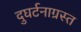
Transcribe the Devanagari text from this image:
दुघर्टनाग्रस्त